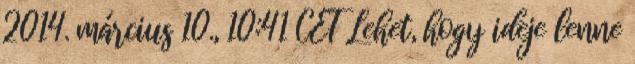
2014. március 10., 10:41 CET Lehet, hogy ideje lenne